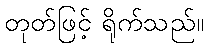
တုတ်ဖြင့် ရိုက်သည်။